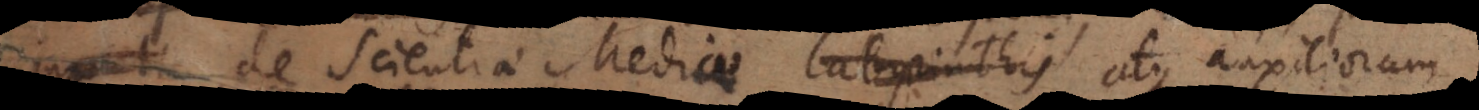
admonuere; de Scientiae Mediae labyrinthis atque auxiliorum